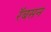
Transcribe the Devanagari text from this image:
रॅबसन